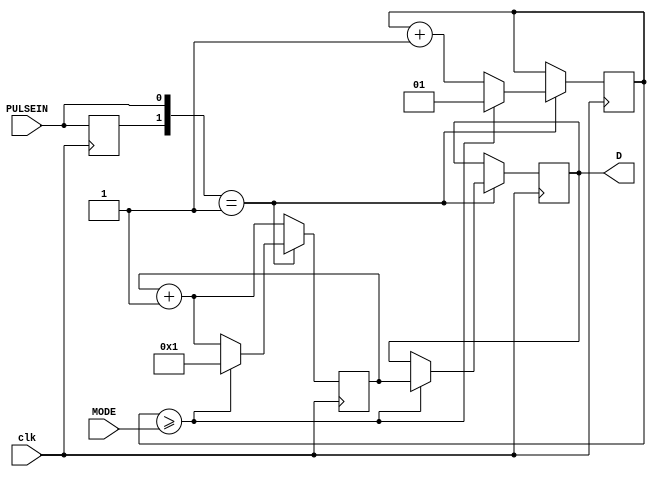
module HK1_1718(clk,PULSEIN, MODE,D);
	input clk, PULSEIN;
	input [1:0]MODE;
	output [15:0]D;
	reg prePul=0;
	reg [1:0]mode1=2'b01;
	reg [15:0]count=16'h0000, D=16'h0000;
	always @(posedge clk) begin
		prePul<=PULSEIN; 
		count<=count+1;
		if ({prePul,PULSEIN}==2'b01) begin
			if (mode1>=MODE) begin
				D<=count;
				count<=16'h0001;
				mode1<=1;
			end
			else 
				mode1<=mode1+1;
		end
	end
endmodule